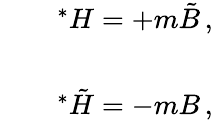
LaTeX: \begin{array}{rcl}{{}}&{{}}&{{{}^{*}H=+m\tilde{B}\, ,}}\\ {{}}&{{}}&{{}}\\ {{}}&{{}}&{{{}^{*}\tilde{H}=-mB\, ,}}\end{array}